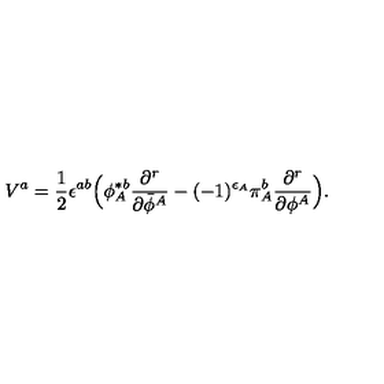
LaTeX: V ^ { a } = { \frac { 1 } { 2 } } \epsilon ^ { a b } \Big ( \phi _ { A } ^ { \ast b } { \frac { \partial ^ { r } } { \partial { \bar { \phi } } ^ { A } } } - ( - 1 ) ^ { \epsilon _ { A } } \pi _ { A } ^ { b } { \frac { \partial ^ { r } } { \partial \phi ^ { A } } } \Big ) .